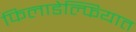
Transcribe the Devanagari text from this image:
फिलाडेल्फियात